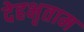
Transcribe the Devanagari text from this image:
देहभृताम